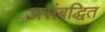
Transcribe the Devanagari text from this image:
असंबद्धित